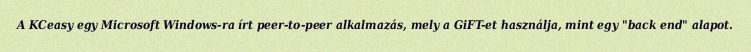
A KCeasy egy Microsoft Windows-ra írt peer-to-peer alkalmazás, mely a GiFT-et használja, mint egy "back end" alapot.